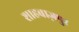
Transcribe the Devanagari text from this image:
शाहबाज़पुर